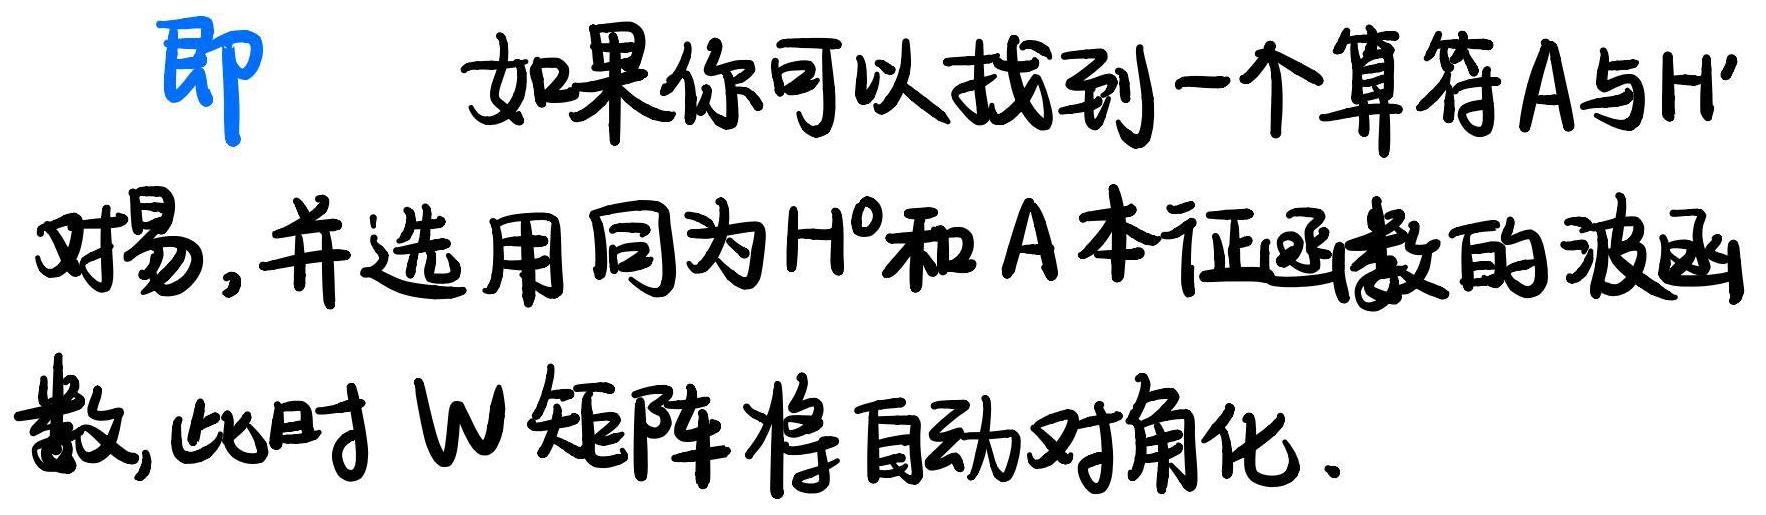
即如果你可以找到一个算符A与H'对易,并选用同为H⁰和A本征函数的波函数,此时W矩阵将自动对角化.